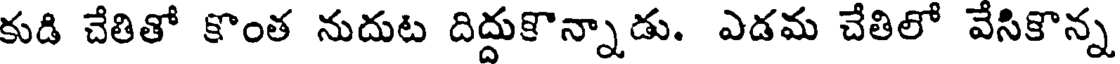
కుడి చేతితో కొంత నుదుట దిద్దుకొన్నాడు. ఎడమ చేతిలో వేసికొన్న